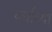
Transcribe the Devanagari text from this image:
चर्चाच्या